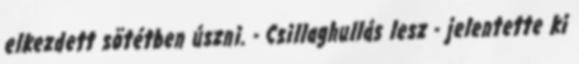
elkezdett sötétben úszni. - Csillaghullás lesz - jelentette ki